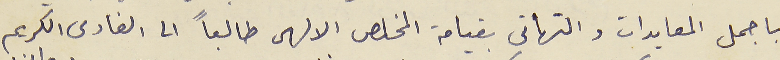
باجمل المعايدات والتهاني بقيامة المخلص الالهى طالعاً الى الفادى الكريم